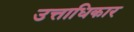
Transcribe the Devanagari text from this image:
उत्ताधिकार